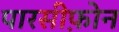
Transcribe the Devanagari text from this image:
पारसीफ़ोन